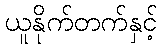
ယူနိုက်တက်နှင့်